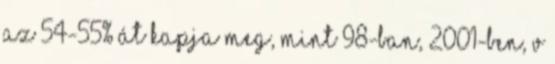
az 54-55% át kapja meg, mint 98-ban, 2001-ben, v